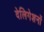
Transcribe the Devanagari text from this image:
देलिगेशनों